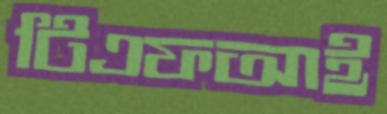
টিএফআই